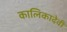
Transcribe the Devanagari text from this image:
कालिकादेवी